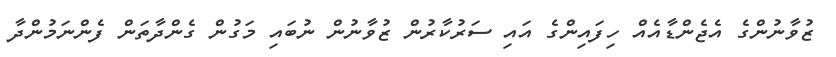
ޒުވާނުންގެ އެޖެންޑާއެއް ހިފައިންގެ އައި ސަރުކާރުން ޒުވާނުން ނުބައި މަގުން ގެންދާތަން ފެންނަމުންދާ